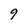
Character: 9